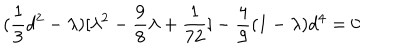
( { \frac { 1 } { 3 } } d ^ { 2 } - \lambda ) [ \lambda ^ { 2 } - { \frac { 9 } { 8 } } \lambda + { \frac { 1 } { 7 2 } } ] - { \frac { 4 } { 9 } } ( 1 - \lambda ) d ^ { 4 } = 0